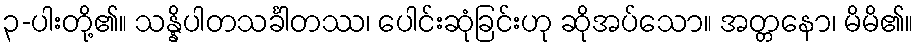
၃-ပါးတို့၏။ သန္နိပါတသင်္ခါတဿ၊ ပေါင်းဆုံခြင်းဟု ဆိုအပ်သော။ အတ္တနော၊ မိမိ၏။